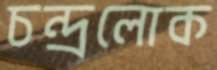
চন্দ্রলোক